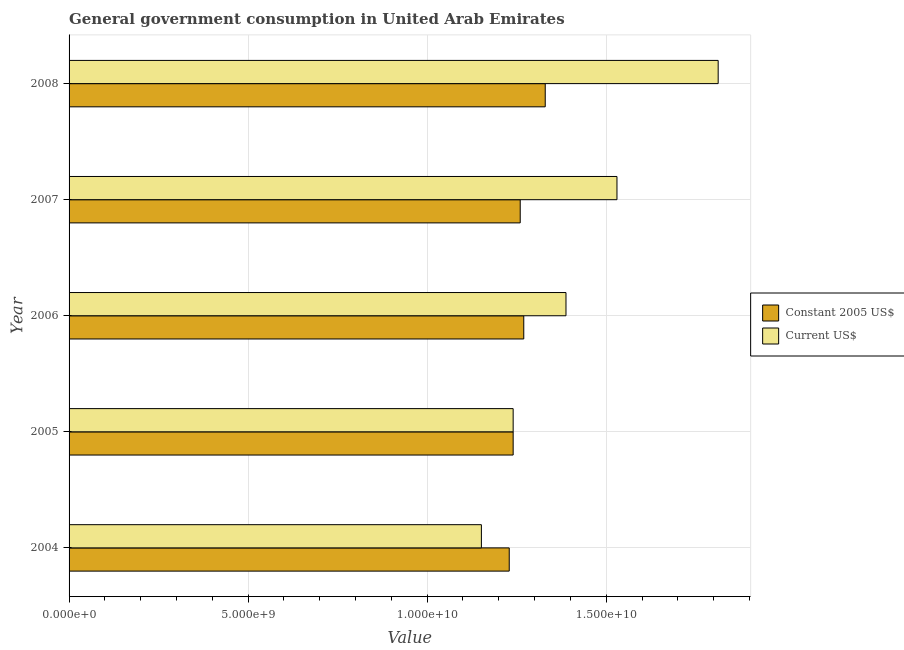
| Year | Constant 2005 US$ | Current US$ |
 | --- | --- | --- |
 | 2004 | 1.23e+10 | 1.15e+10 |
 | 2005 | 1.24e+10 | 1.24e+10 |
 | 2006 | 1.27e+10 | 1.39e+10 |
 | 2007 | 1.26e+10 | 1.53e+10 |
 | 2008 | 1.33e+10 | 1.81e+10 |